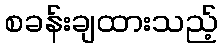
စခန်းချထားသည့်